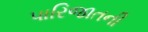
પારિજાતની